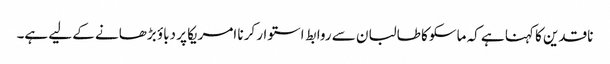
ناقدین کا کہنا ہے کہ ماسکو کا طالبان سے روابط استوار کرنا امریکا پر دباؤ بڑھانے کے لیے ہے۔